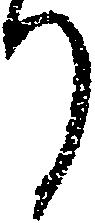
り